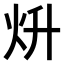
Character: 𤆭